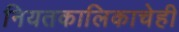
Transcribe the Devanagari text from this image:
नियतकालिकाचेही